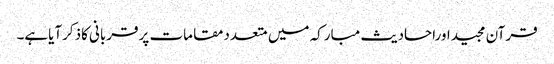
قرآن مجیداوراحادیث مبارکہ میں متعددمقامات پرقربانی کاذکرآیاہے۔